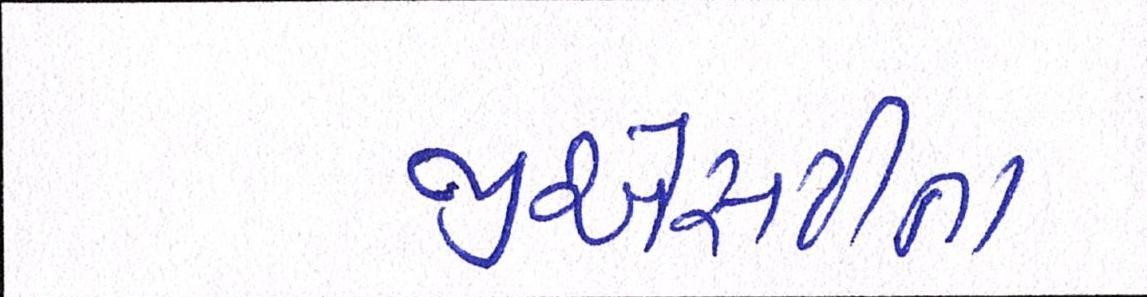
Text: જીએસટીના